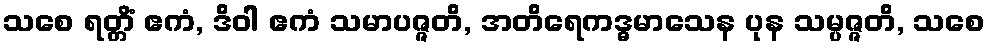
သစေ ရတ္တိံ ဧကံ, ဒိဝါ ဧကံ သမာပဇ္ဇတိ, အတိရေကဒ္ဓမာသေန ပုန သမ္ပဇ္ဇတိ, သစေ